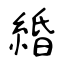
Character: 緍